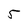
Character: 5